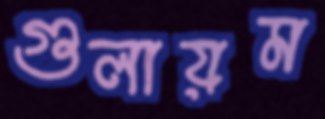
গুলায়ম